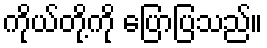
ကိုယ်တို့ကို ပြောပြသည်။